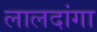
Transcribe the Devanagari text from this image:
लालदांगा